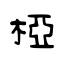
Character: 椏